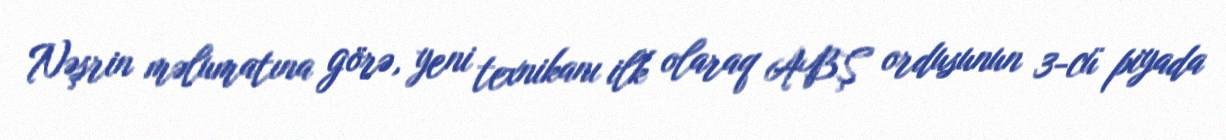
Nəşrin məlumatına görə, yeni texnikanı ilk olaraq ABŞ ordusunun 3-cü piyada